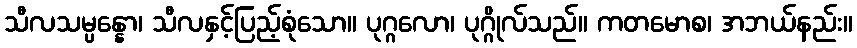
သီလသမ္ပန္နော၊ သီလနှင့်ပြည့်စုံသော။ ပုဂ္ဂလော၊ ပုဂ္ဂိုလ်သည်။ ကတမောစ၊ အဘယ်နည်း။